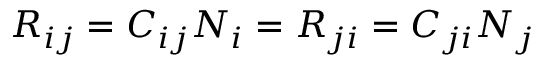
R _ { i j } = C _ { i j } N _ { i } = R _ { j i } = C _ { j i } N _ { j }